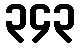
၃၄၃